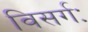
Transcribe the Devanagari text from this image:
विसर्गः